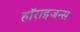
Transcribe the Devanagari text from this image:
हॉराइजन्स